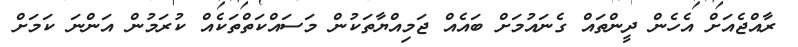
ރާއްޖެއަށް އެހެން ދީންތައް ގެނައުމަށް ބައެއް ޖަމިއްޔާތަކުން މަސައްކަތްތަކެއް ކުރަމުން އަންނަ ކަމަށް